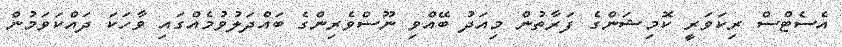
އެސެޓްސް ރިކަވަރީ ކޮމިޝަންގެ ފަރާތުން މިއަދު ބޭއްވި ނޫސްވެރިންގެ ބައްދަލުވުމެއްގައި ވާހަކަ ދައްކަވަމުން